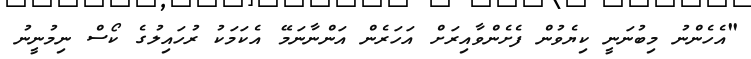
"އެހެންނު މިބުނަނީ ކިޔެވުން ފެށެންވާއިރަށް އަހަރެން އަންނާނަމޭ އެކަމަކު ރުހައިލުގެ ކޯސް ނިމުނީނު